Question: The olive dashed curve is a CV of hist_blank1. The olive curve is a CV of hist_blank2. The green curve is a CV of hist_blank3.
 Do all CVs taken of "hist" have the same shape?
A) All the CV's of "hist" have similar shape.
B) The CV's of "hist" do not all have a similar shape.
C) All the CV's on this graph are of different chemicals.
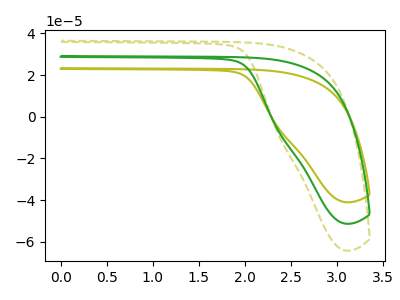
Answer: <think>The olive dashed curve "hist_blank1" has no peaks. The olive curve "hist_blank2" has no peaks. The green curve "hist_blank3" has no peaks.
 Neither "hist_blank1" or "hist_blank2" have any peaks. Neither "hist_blank1" or "hist_blank3" have any peaks. Neither "hist_blank2" or "hist_blank3" have any peaks.</think>
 <answer>A) All the CV's of "hist" have similar shape.</answer>
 <eval>A</eval>